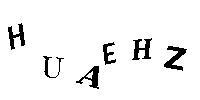
HUAEHZ